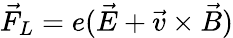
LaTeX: \vec{F}_{L}=e(\vec{E}+\vec{v}\times\vec{B})